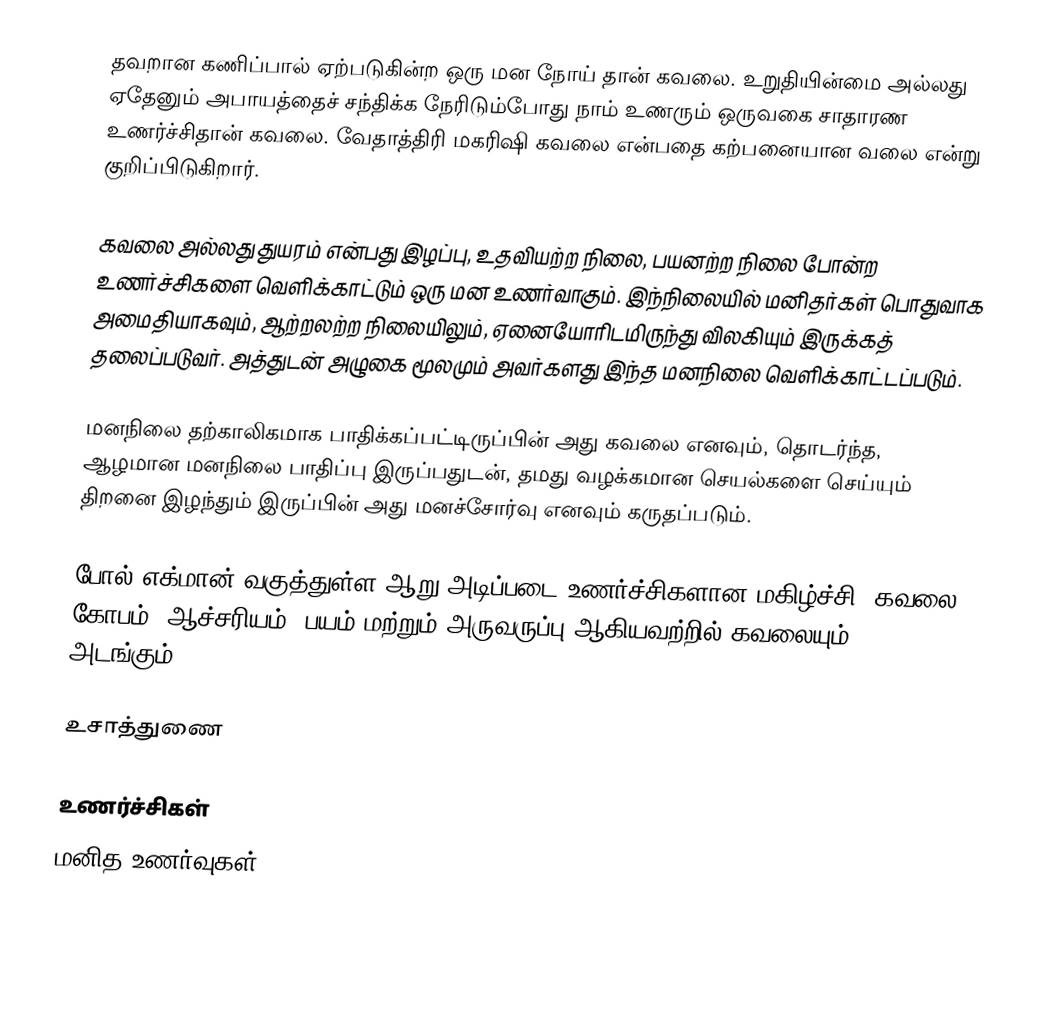
தவறான கணிப்பால் ஏற்படுகின்ற ஒரு மன நோய் தான் கவலை. உறுதியின்மை அல்லது ஏதேனும் அபாயத்தைச் சந்திக்க நேரிடும்போது நாம் உணரும் ஒருவகை சாதாரண உணர்ச்சிதான் கவலை. வேதாத்திரி மகரிஷி கவலை என்பதை கற்பனையான வலை என்று குறிப்பிடுகிறார்.

கவலை அல்லது துயரம் என்பது இழப்பு, உதவியற்ற நிலை, பயனற்ற நிலை போன்ற உணர்ச்சிகளை வெளிக்காட்டும் ஒரு மன உணர்வாகும். இந்நிலையில் மனிதர்கள் பொதுவாக அமைதியாகவும், ஆற்றலற்ற நிலையிலும், ஏனையோரிடமிருந்து விலகியும் இருக்கத் தலைப்படுவர். அத்துடன் அழுகை மூலமும் அவர்களது இந்த மனநிலை வெளிக்காட்டப்படும்.

மனநிலை தற்காலிகமாக பாதிக்கப்பட்டிருப்பின் அது கவலை எனவும், தொடர்ந்த, ஆழமான மனநிலை பாதிப்பு இருப்பதுடன், தமது வழக்கமான செயல்களை செய்யும் திறனை இழந்தும் இருப்பின் அது மனச்சோர்வு எனவும் கருதப்படும்.

போல் எக்மான் வகுத்துள்ள ஆறு அடிப்படை உணர்ச்சிகளான மகிழ்ச்சி, கவலை, கோபம், ஆச்சரியம், பயம் மற்றும் அருவருப்பு ஆகியவற்றில் கவலையும் அடங்கும்..

உசாத்துணை

உணர்ச்சிகள்
மனித உணர்வுகள்